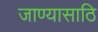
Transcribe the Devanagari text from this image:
जाण्यासाठि